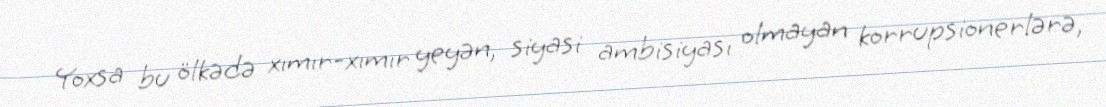
Yoxsa bu ölkədə xımır-xımır yeyən, siyasi ambisiyası olmayan korrupsionerlərə,